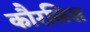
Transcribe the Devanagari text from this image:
कौरलिस